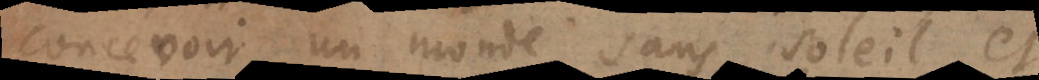
concevoir un monde sans soleil, et